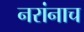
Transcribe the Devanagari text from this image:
नरांनाच